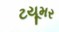
ટયૂમર